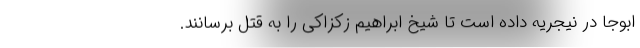
ابوجا در نیجریه داده است تا شیخ ابراهیم زکزاکی را به قتل برسانند.